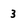
Character: 3